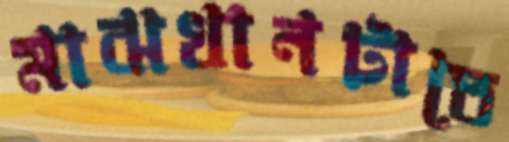
মাঝখানটাতে